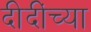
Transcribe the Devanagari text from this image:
दीदींच्या